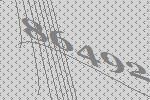
86492